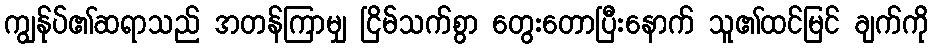
ကျွန်ုပ်၏ဆရာသည် အတန်ကြာမျှ ငြိမ်သက်စွာ တွေးတောပြီးနောက် သူ၏ထင်မြင် ချက်ကို